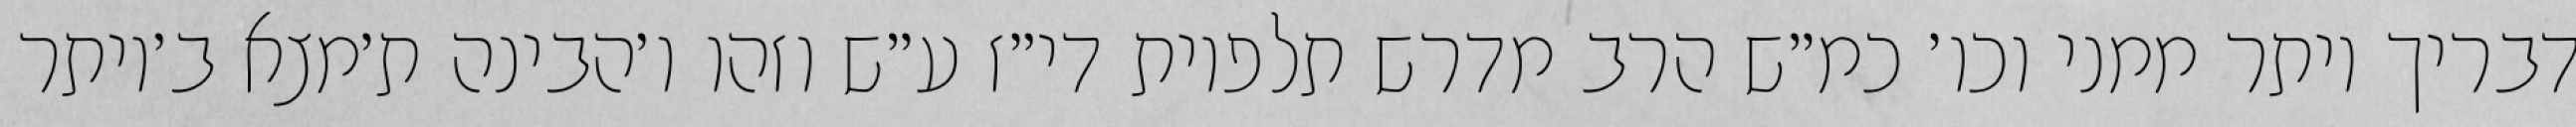
דבריך יותר ממני וכו׳ כמ״ש הרב מדרש תלפיות די״ז ע״ש וזהו ו׳הבינה ת׳מצא ב׳יותר